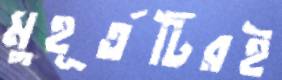
মুহূর্তটিরই